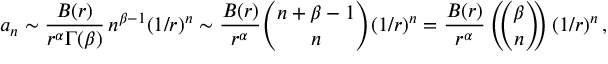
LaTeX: a _ { n } \sim { \frac { B ( r ) } { r ^ { \alpha } \Gamma ( \beta ) } } \, n ^ { \beta - 1 } ( 1 / r ) ^ { n } \sim { \frac { B ( r ) } { r ^ { \alpha } } } { \binom { n + \beta - 1 } { n } } ( 1 / r ) ^ { n } = { \frac { B ( r ) } { r ^ { \alpha } } } \left( \! \! { \binom { \beta } { n } } \! \! \right) ( 1 / r ) ^ { n } \, ,